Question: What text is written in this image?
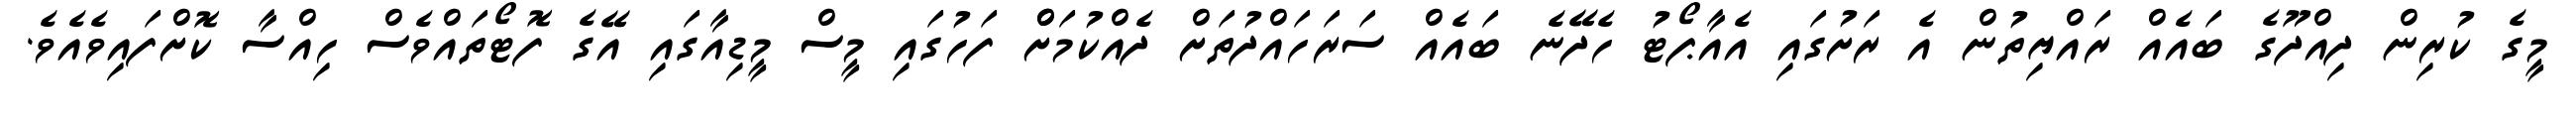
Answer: މީގެ ކުރިން ދިއްދޫގެ ބައެއް ރައްޔިތުން އެ ރަށުގައި އެއާޕޯޓު ހެދޭނެ ބައެއް ސަރަހައްދުތަށް ދެއްކުމަށްް ފަހުގައި މީސް މީޑިއާގައި އޭގެ ފޮޓޯތައްވެސް ހިއްސާ ކޮށްފައިވެއެވެ.